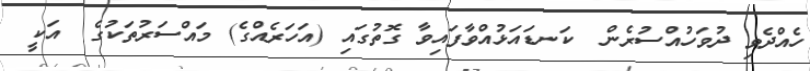
ހެއްދެވި ދުވަހުއްސުރެން  ކަނޑައަޅުއްވާފައިވާ ގޮތުގައި (އަހަރެއްގެ) މައްސަރުތަކުގެ  އަކީ